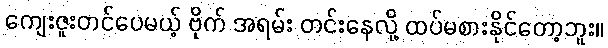
ကျေးဇူးတင်ပေမယ့် ဗိုက် အရမ်း တင်းနေလို့ ထပ်မစားနိုင်တော့ဘူး။